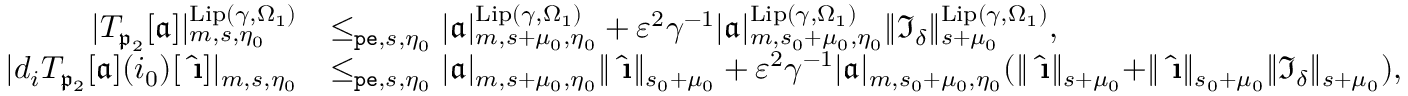
\begin{array} { r l } { | T _ { \mathfrak { p } _ { 2 } } [ \mathfrak { a } ] | _ { m , s , \eta _ { 0 } } ^ { \mathrm { L i p } ( \gamma , \Omega _ { 1 } ) } } & { \le _ { \mathtt { p e } , s , \eta _ { 0 } } | \mathfrak { a } | _ { m , s + \mu _ { 0 } , \eta _ { 0 } } ^ { \mathrm { L i p } ( \gamma , \Omega _ { 1 } ) } + \varepsilon ^ { 2 } \gamma ^ { - 1 } | \mathfrak { a } | _ { m , s _ { 0 } + \mu _ { 0 } , \eta _ { 0 } } ^ { \mathrm { L i p } ( \gamma , \Omega _ { 1 } ) } \rVert \mathfrak { I } _ { \delta } \rVert _ { s + \mu _ { 0 } } ^ { \mathrm { L i p } ( \gamma , \Omega _ { 1 } ) } , } \\ { | d _ { i } T _ { \mathfrak { p } _ { 2 } } [ \mathfrak { a } ] ( i _ { 0 } ) [ \hat { \textbf { \i } } ] | _ { m , s , \eta _ { 0 } } } & { \le _ { \mathtt { p e } , s , \eta _ { 0 } } | \mathfrak { a } | _ { m , s + \mu _ { 0 } , \eta _ { 0 } } \rVert \hat { \textbf { \i } } \rVert _ { s _ { 0 } + \mu _ { 0 } } + \varepsilon ^ { 2 } \gamma ^ { - 1 } | \mathfrak { a } | _ { m , s _ { 0 } + \mu _ { 0 } , \eta _ { 0 } } ( \rVert \hat { \textbf { \i } } \rVert _ { s + \mu _ { 0 } } + \rVert \hat { \textbf { \i } } \rVert _ { s _ { 0 } + \mu _ { 0 } } \rVert \mathfrak { I } _ { \delta } \rVert _ { s + \mu _ { 0 } } ) , } \end{array}